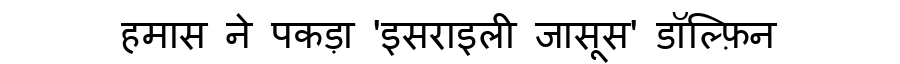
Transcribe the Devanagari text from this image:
हमास ने पकड़ा 'इसराइली जासूस' डॉल्फ़िन